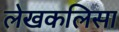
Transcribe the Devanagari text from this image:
लेखकलिसा